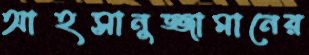
আহসানুজ্জামানের